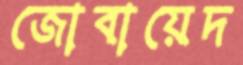
জোবায়েদ